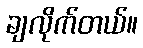
ချလိုက်တယ်။